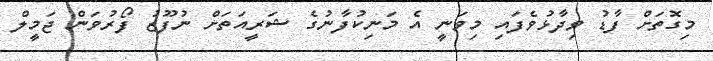
މިގޮތަށް ފާޑު ވިދާޅުވެފައި މިވަނީ އެ މަނިކުފާނުގެ ޝަރީއަތަށް ނުފޫޒު ފޯރުވަން ޖަމީލް